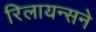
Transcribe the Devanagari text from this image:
रिलायन्सने